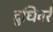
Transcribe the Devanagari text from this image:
दुधिवरे